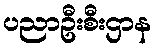
ပညာဦးစီးဌာန